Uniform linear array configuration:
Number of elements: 24
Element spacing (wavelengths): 0.75
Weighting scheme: binomial
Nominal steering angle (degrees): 30
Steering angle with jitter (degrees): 30.123
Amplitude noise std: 0.05
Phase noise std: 0.05

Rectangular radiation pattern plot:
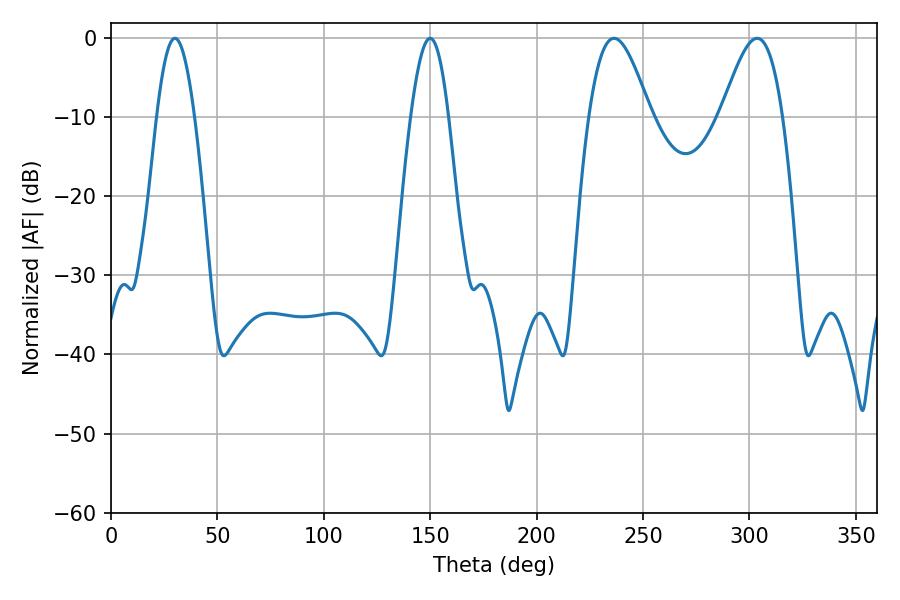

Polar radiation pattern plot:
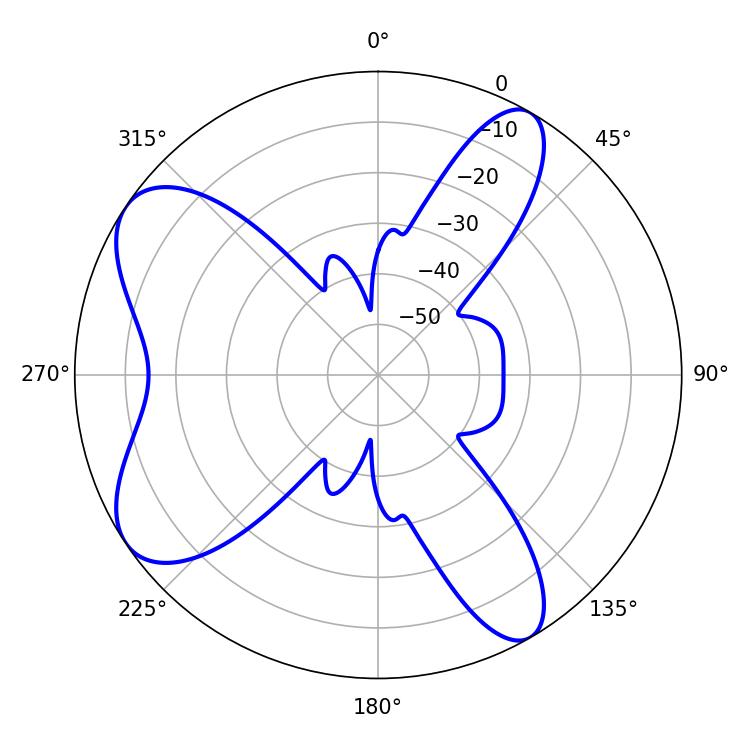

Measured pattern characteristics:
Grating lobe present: TRUE
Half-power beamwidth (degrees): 9.54
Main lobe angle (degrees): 30.06